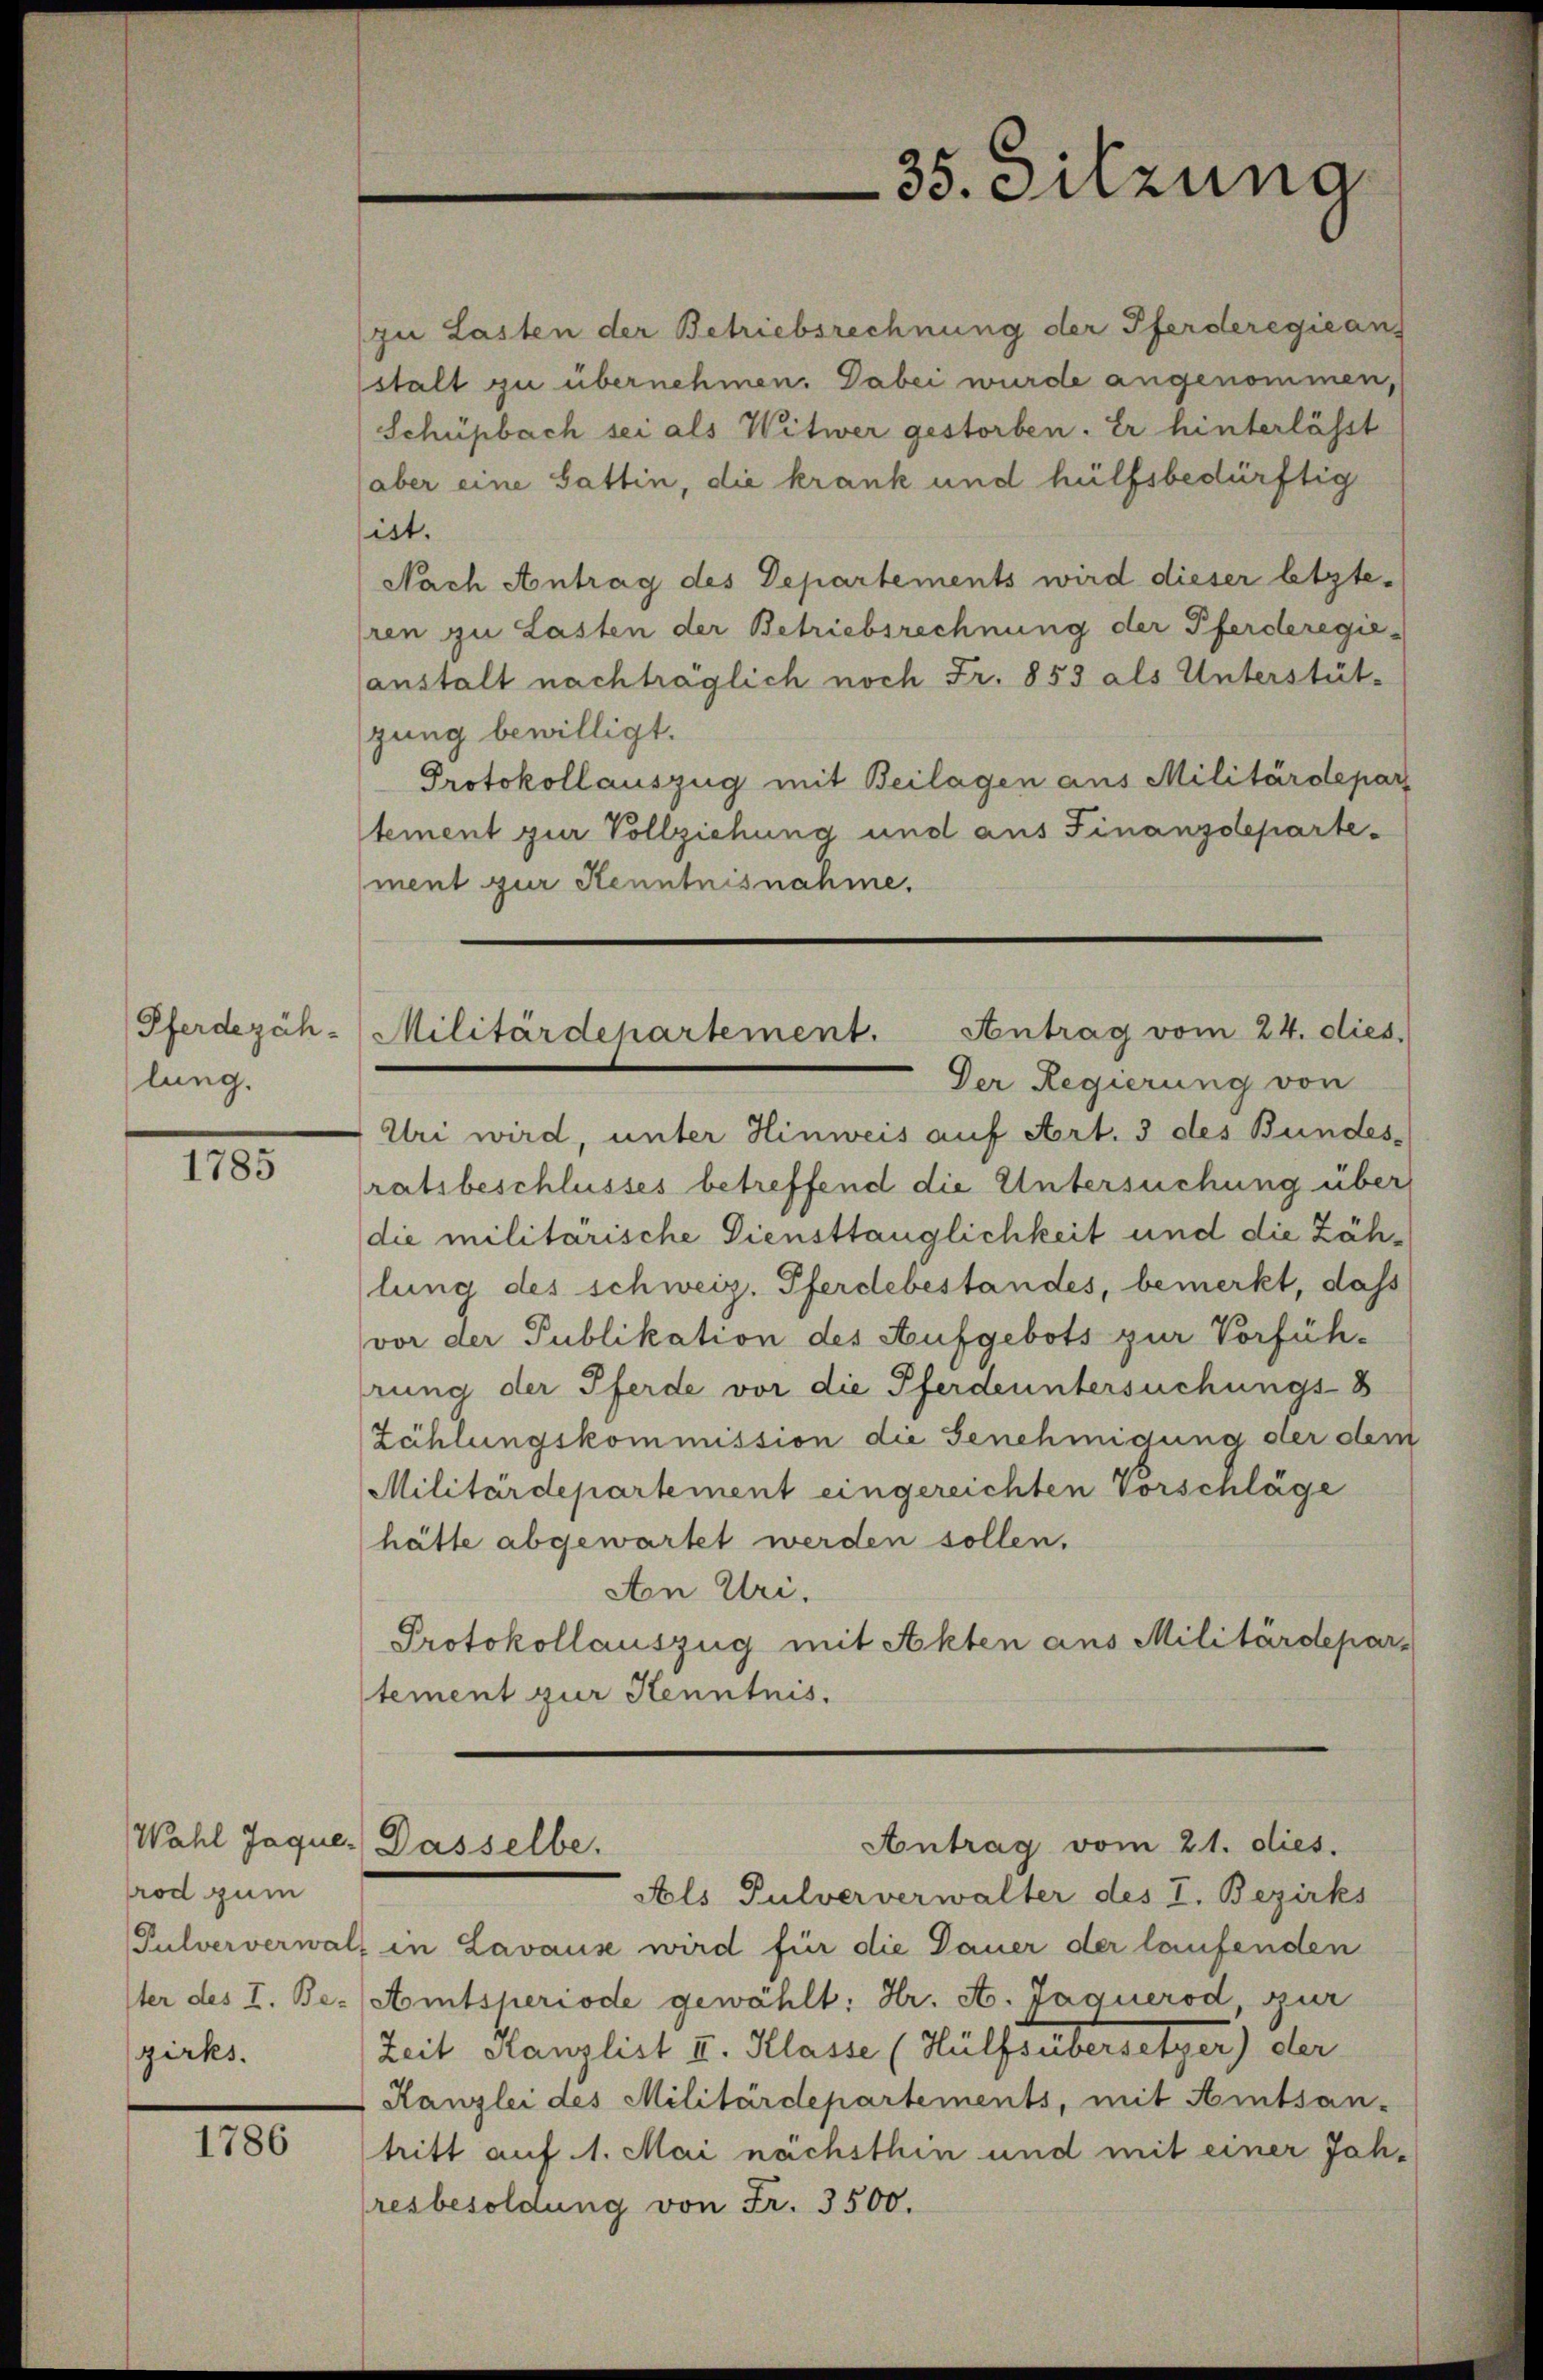
Pferdezäh-
lung.

1105

rod zum
zirks.

1786

(zu Lasten der Betriebsrechnung der Pferderegieans
stalt zu übernehmen. Dabei wurde angenommen,
Schüpbach sei als Witwer gestorben. Er hinterlässt
aber eine Gattin, die krank und hülfsbedürftig
ist.
Nach Antrag des Departements wird dieser letzte-
ren zu Lasten der Betriebsrechnung der Pferderegie-
anstalt nachträglich noch Fr. 853 als Unterstüt-
gung bewilligt.
Protokollauszug mit Beilagen aus Militärdepar
tement zur Vollziehung und aus Finanzdepartement zur Kenntnisnahme.
Uri wird, unter Hinweis auf Art. 3 des Bundes-
ratsbeschlusses betreffend die Untersuchung über
die militärische Diensttauglichkeit und die Zählung des schweiz. Pferdebestandes, bemerkt, dass
vor der Publikation des Aufgebots zur Vorfüh-
rung der Pferde vor die Pferdeuntersuchungs-8
Zählungskommission die Genehmigung der dem
Militärdepartement eingereichten Vorschläge
hätte abgewartet werden sollen.
Aon Uri.
Protokollauszug mit Akten aus Militärdepar-
tement zur Kenntnis.
Wahl Jaque. Dasselbe.
Antrag vom 21. dies.
Fals Pulververwalter des I. Bezirks
Pulververwalt in Lavause wird für die Dauer der laufenden
Iter des I. Be. (Amtsperiode gewählt: Hr. A. Jaquerod, zur
Zeit stanzlist II. Klasse (Hülfsübersetzer) der
Kanzlei des Militärdepartements, mit Amtsan-
tritt auf 1. Mai nächsthin und mit einer Jahresbesoldung von Fr. 3500.

35. Silzung

Militärdepartement. Antrag vom 24. dies
Der Regierung von